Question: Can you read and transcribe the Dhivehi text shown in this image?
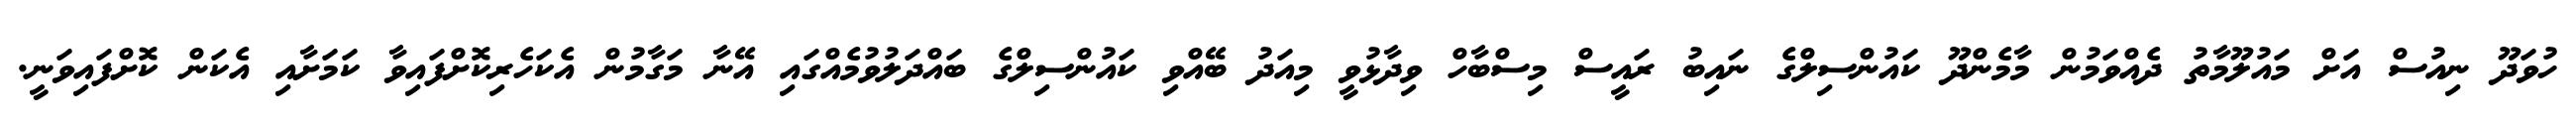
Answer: ހުވަދޫ ނިއުސް އަށް މައުލޫމާތު ދެއްވަމުން މާމެންދޫ ކައުންސިލްގެ ނައިބު ރައީސް މިސްބާހް ވިދާޅުވީ މިއަދު ބޭއްވި ކައުންސިލްގެ ބައްދަލުވުމެއްގައި އޭނާ މަގާމުން އެކަހެރިކޮށްފައިވާ ކަމަށާއި އެކަން ކޮށްފައިވަނީ.